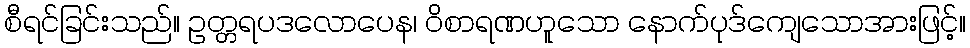
စီရင်ခြင်းသည်။ ဥတ္တရပဒလောပေန၊ ဝိစာရဏဟူသော နောက်ပုဒ်ကျေသောအားဖြင့်။